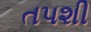
તપશી